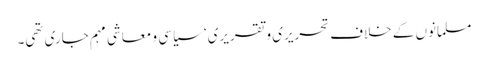
مسلمانوں کے خلاف تحریری و تقریری‘ سیاسی و معاشی مہم جاری تھی۔